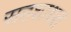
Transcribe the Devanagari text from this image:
सहशाश्वत